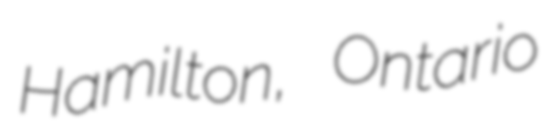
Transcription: Hamilton, Ontario